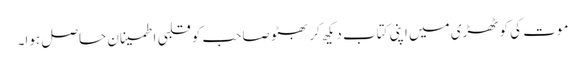
موت کی کوٹھڑی میں اپنی کتاب دیکھ کر بھٹو صاحب کو قلبی اطمینان حاصل ہوا۔